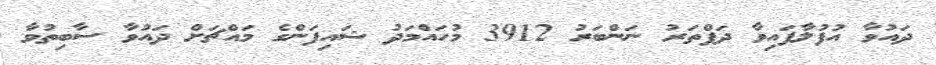
ދައުވާ އުފުލާފައިވާ ދަފްތަރު ނަންބަރު 3912 މުހައްމަދު ޝައިފަންގެ މައްޗަށް ދައުވާ ސާބިތުވާ